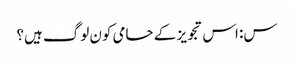
س: اس تجویز کے حامی کون لوگ ہیں؟